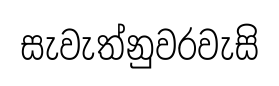
සැවැත්නුවරවැසි